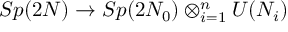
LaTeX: S p ( 2 N ) \to S p ( 2 N _ { 0 } ) \otimes _ { i = 1 } ^ { n } U ( N _ { i } )